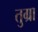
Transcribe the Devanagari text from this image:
तुग्रा